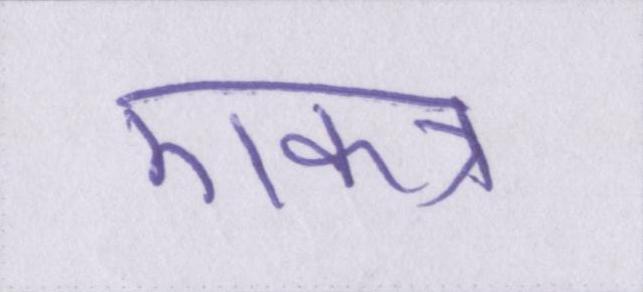
एकत्र